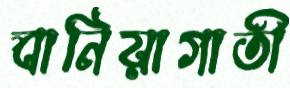
বানিয়াগাতী